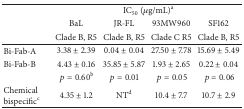
<table><thead><tr><td><b> </b></td><td colspan="4"><b>IC<sub>50</sub> (<i>μ</i>g/mL)<sup>a</sup></b></td></tr><tr><td><b> </b></td><td><b>BaL</b></td><td><b>JR-FL</b></td><td><b>93MW960</b></td><td><b>SF162</b></td></tr><tr><td><b> </b></td><td><b>Clade B, R5</b></td><td><b>Clade B, R5</b></td><td><b>Clade C R5</b></td><td><b>Clade B, R5</b></td></tr></thead><tbody><tr><td>Bi-Fab-A</td><td>3.38 ± 2.39</td><td>0.04 ± 0.04</td><td>27.50 ± 7.78</td><td>15.69 ± 5.49</td></tr><tr><td>Bi-Fab-B</td><td>4.43 ± 0.16</td><td>35.85 ± 5.87</td><td>1.93 ± 2.65</td><td>0.22 ± 0.04</td></tr><tr><td> </td><td> <i>p</i> = 0.60<sup>b</sup></td><td> <i>p</i> = 0.01</td><td> <i>p</i> = 0.05</td><td> <i>p</i> = 0.06</td></tr><tr><td>Chemical bispecific<sup>c</sup></td><td>4.35 ± 1.2</td><td>NT<sup>d</sup></td><td>10.4 ± 7.7</td><td>10.7 ± 2.9</td></tr></tbody></table>